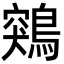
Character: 鶟